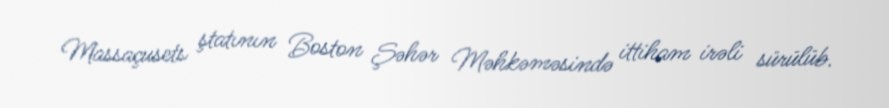
Massaçusets ştatının Boston Şəhər Məhkəməsində ittiham irəli sürülüb.